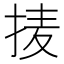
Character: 𱟹